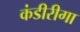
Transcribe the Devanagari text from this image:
कंडीरीगा